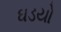
ઘડયો